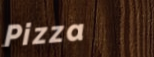
Pizza